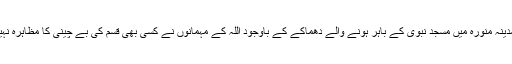
مگر مدینہ منورہ میں مسجد نبوی کے باہر ہونے والے دھماکے کے باوجود اللہ کے مہمانوں نے کسی بھی قسم کی بے چینی کا مظاہرہ نہیں کیا۔